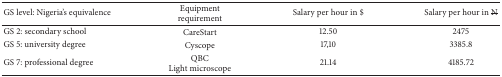
<table><thead><tr><td><b>GS level: Nigeria&#x27;s equivalence</b></td><td><b>Equipment requirement</b></td><td><b>Salary per hour in $</b></td><td><b>Salary per hour in <strike>N</strike></b></td></tr></thead><tbody><tr><td>GS 2: secondary school</td><td>CareStart</td><td>12.50</td><td>2475</td></tr><tr><td>GS 5: university degree</td><td>Cyscope</td><td>17,10</td><td>3385.8</td></tr><tr><td>GS 7: professional degree</td><td>QBCLight microscope</td><td>21.14</td><td>4185.72</td></tr></tbody></table>